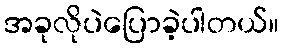
အခုလိုပဲပြောခဲ့ပါတယ်။